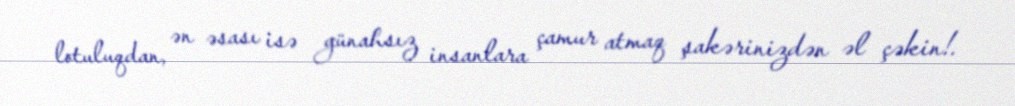
lotuluqdan, ən əsası isə günahsız insanlara çamur atmaq şakərinizdən əl çəkin!.